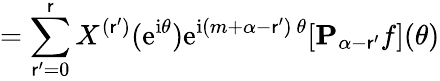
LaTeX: =\sum_{\mathsf{r}^{\prime}=0}^{\mathsf{r}}X^{(\mathsf{r}^{\prime})}(\mathrm{{e}}^{\mathrm{{i}}\theta})\mathrm{{e}}^{\mathrm{{i}}(m+\alpha-\mathsf{r}^{\prime})\ {\theta}}[{\mathbf{P}}_{\alpha-\mathsf{r}^{\prime}}{f}](\theta)